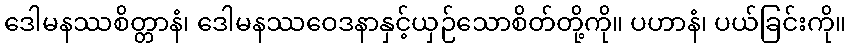
ဒေါမနဿစိတ္တာနံ၊ ဒေါမနဿဝေဒနာနှင့်ယှဉ်သောစိတ်တို့ကို။ ပဟာနံ၊ ပယ်ခြင်းကို။